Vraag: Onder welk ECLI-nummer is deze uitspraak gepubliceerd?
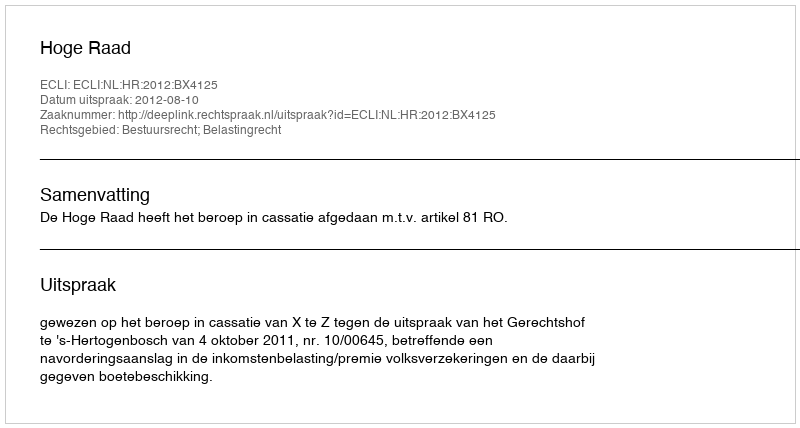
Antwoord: ECLI:NL:HR:2012:BX4125